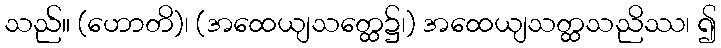
သည်။ (ဟောတိ)၊ (အထေယျသတ္ထေ၌၊) အထေယျသတ္ထသညိဿ၊ ၍